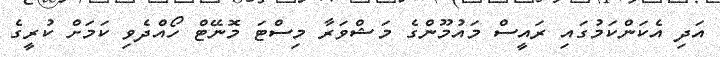
އަދި އެކަންކަމުގައި ރައީސް މައުމޫންގެ މަޝްވަރާ މިސްޓަ މޮނޭޓް ހޯއްދެވި ކަމަށް ކުރީގެ